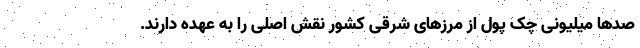
صدها میلیونی چک پول از مرزهای شرقی کشور نقش اصلی را به عهده دارند.